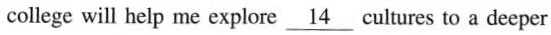
college will help me explore \underline{14}